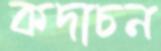
কদাচন